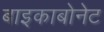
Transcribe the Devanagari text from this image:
बाइकाबोनेट